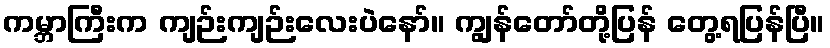
ကမ္ဘာကြီးက ကျဉ်းကျဉ်းလေးပဲနော်။ ကျွန်တော်တို့ပြန် တွေ့ရပြန်ပြီ။